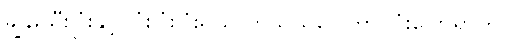
ချွန်းသီးပြုံးနှင့် ပြုံးပြုံးပြုံးရယ် တသွယ်ဝေါဟာ ပြုံးပြောရွာကို